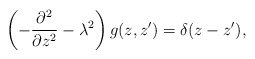
\begin{align*}\left(-{\partial^2\over\partial z^2}-\lambda^2\right)g(z,z')=\delta(z-z'),\end{align*}